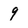
Character: 9